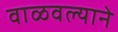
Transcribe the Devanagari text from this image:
वाळवल्याने